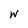
Character: w